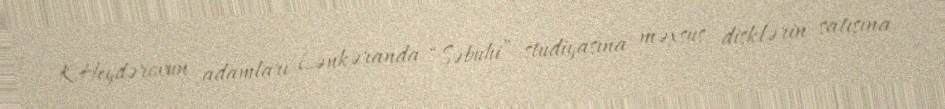
K.Heydərovun adamları Lənkəranda “Səbuhi” studiyasına məxsus disklərin satışına